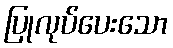
ပြုလုပ်ပေးသော